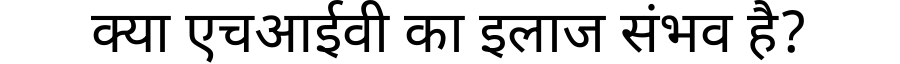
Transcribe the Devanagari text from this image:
क्या एचआईवी का इलाज संभव है?